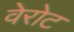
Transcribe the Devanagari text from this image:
वेरोट